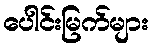
ပေါင်းမြက်များ